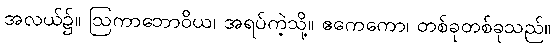
အလယ်၌။ ဩကာဘောဝိယ၊ အရပ်ကဲ့သို့။ ဧကေကော၊ တစ်ခုတစ်ခုသည်။